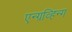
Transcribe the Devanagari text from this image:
एन्ग्रव्हिन्ग